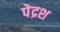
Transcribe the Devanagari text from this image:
पेद्रश